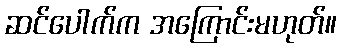
ဆင်ပေါက်က အကြောင်းမဟုတ်။